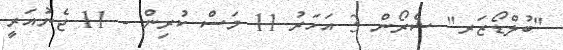
"ބުލްޑޯޒަރ" ޝެރޯން 3 އަހަރު 11 މަސް ކުރިން - 11 ޖެނުއަރީ